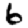
Digit: 6